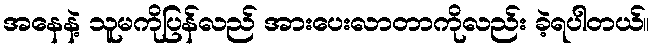
အနေနဲ့ သူမကိုပြန်လည် အားပေးလာတာကိုလည်း ခဲ့ရပါတယ်။